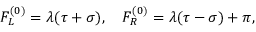
F _ { L } ^ { ( 0 ) } = \lambda ( \tau + \sigma ) , ~ ~ ~ F _ { R } ^ { ( 0 ) } = \lambda ( \tau - \sigma ) + \pi ,